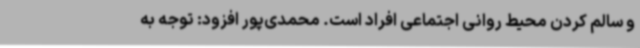
و سالم کردن محیط روانی اجتماعی افراد است. محمدی‌پور افزود: توجه به